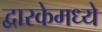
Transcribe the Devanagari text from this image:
द्वारकेमध्ये